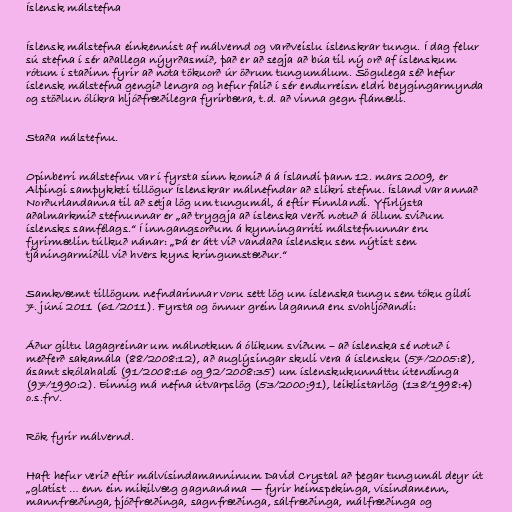
Íslensk málstefna

Íslensk málstefna einkennist af málvernd og varðveislu íslenskrar tungu. Í dag felur
sú stefna í sér aðallega nýyrðasmíð, það er að segja að búa til ný orð af íslenskum
rótum í staðinn fyrir að nota tökuorð úr öðrum tungumálum. Sögulega séð hefur
íslensk málstefna gengið lengra og hefur falið í sér endurreisn eldri beygingarmynda
og stöðlun ólíkra hljóðfræðilegra fyrirbæra, t.d. að vinna gegn flámæli.

Staða málstefnu.

Opinberri málstefnu var í fyrsta sinn komið á á Íslandi þann 12. mars 2009, er
Alþingi samþykkti tillögur Íslenskrar málnefndar að slíkri stefnu. Ísland var annað
Norðurlandanna til að setja lög um tungumál, á eftir Finnlandi. Yfirlýsta
aðalmarkmið stefnunnar er „að tryggja að íslenska verði notuð á öllum sviðum
íslensks samfélags.“ Í inngangsorðum á kynningarriti málstefnunnar eru
fyrirmælin túlkuð nánar: „Þá er átt við vandaða íslensku sem nýtist sem
tjáningarmiðill við hvers kyns kringumstæður.“

Samkvæmt tillögum nefndarinnar voru sett lög um íslenska tungu sem tóku gildi
7. júní 2011 (61/2011). Fyrsta og önnur grein laganna eru svohljóðandi:

Áður giltu lagagreinar um málnotkun á ólíkum sviðum – að íslenska sé notuð í
meðferð sakamála (88/2008:12), að auglýsingar skuli vera á íslensku (57/2005:8),
ásamt skólahaldi (91/2008:16 og 92/2008:35) um íslenskukunnáttu útendinga
(97/1990:2). Einnig má nefna útvarpslög (53/2000:91), leiklistarlög (138/1998:4)
o.s.frv.

Rök fyrir málvernd.

Haft hefur verið eftir málvísindamanninum David Crystal að þegar tungumál deyr út
„glatist … enn ein mikilvæg gagnanáma — fyrir heimspekinga, vísindamenn,
mannfræðinga, þjóðfræðinga, sagnfræðinga, sálfræðinga, málfræðinga og